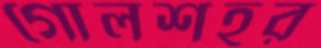
গোলশহর